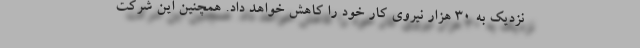
نزدیک به ۳۰ هزار نیروی کار خود را کاهش خواهد داد. همچنین این شرکت